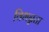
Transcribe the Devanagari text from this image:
विभन्नता